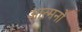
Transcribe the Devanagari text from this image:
आत्मनो